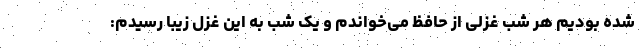
شده بودیم هر شب غزلی از حافظ می‌خواندم و یک شب به این غزل زیبا رسیدم: